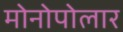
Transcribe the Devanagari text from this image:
मोनोपोलार